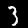
Digit: 3